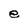
Character: e